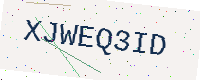
Text: XJWEQ3ID